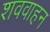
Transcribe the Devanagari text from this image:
शववाहन